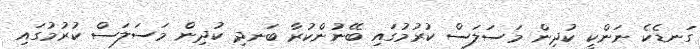
ގަނޑެކެ ނަންކީ ކުދިން މަސަލަސް ކުރުމުގައި ބޭނުންކުރާ ބަނދި ކުދިން މަސަލަސް ކުރުމުގައި